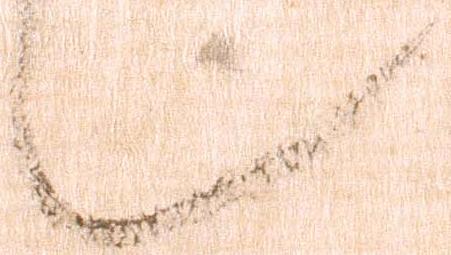
也